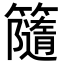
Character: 𥶻